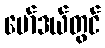
မော်ဒယ်တွင်